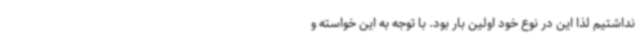
نداشتیم لذا این در نوع خود اولین بار بود. با توجه به این خواسته و